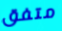
متفق